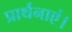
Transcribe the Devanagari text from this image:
प्रार्थनाएं।